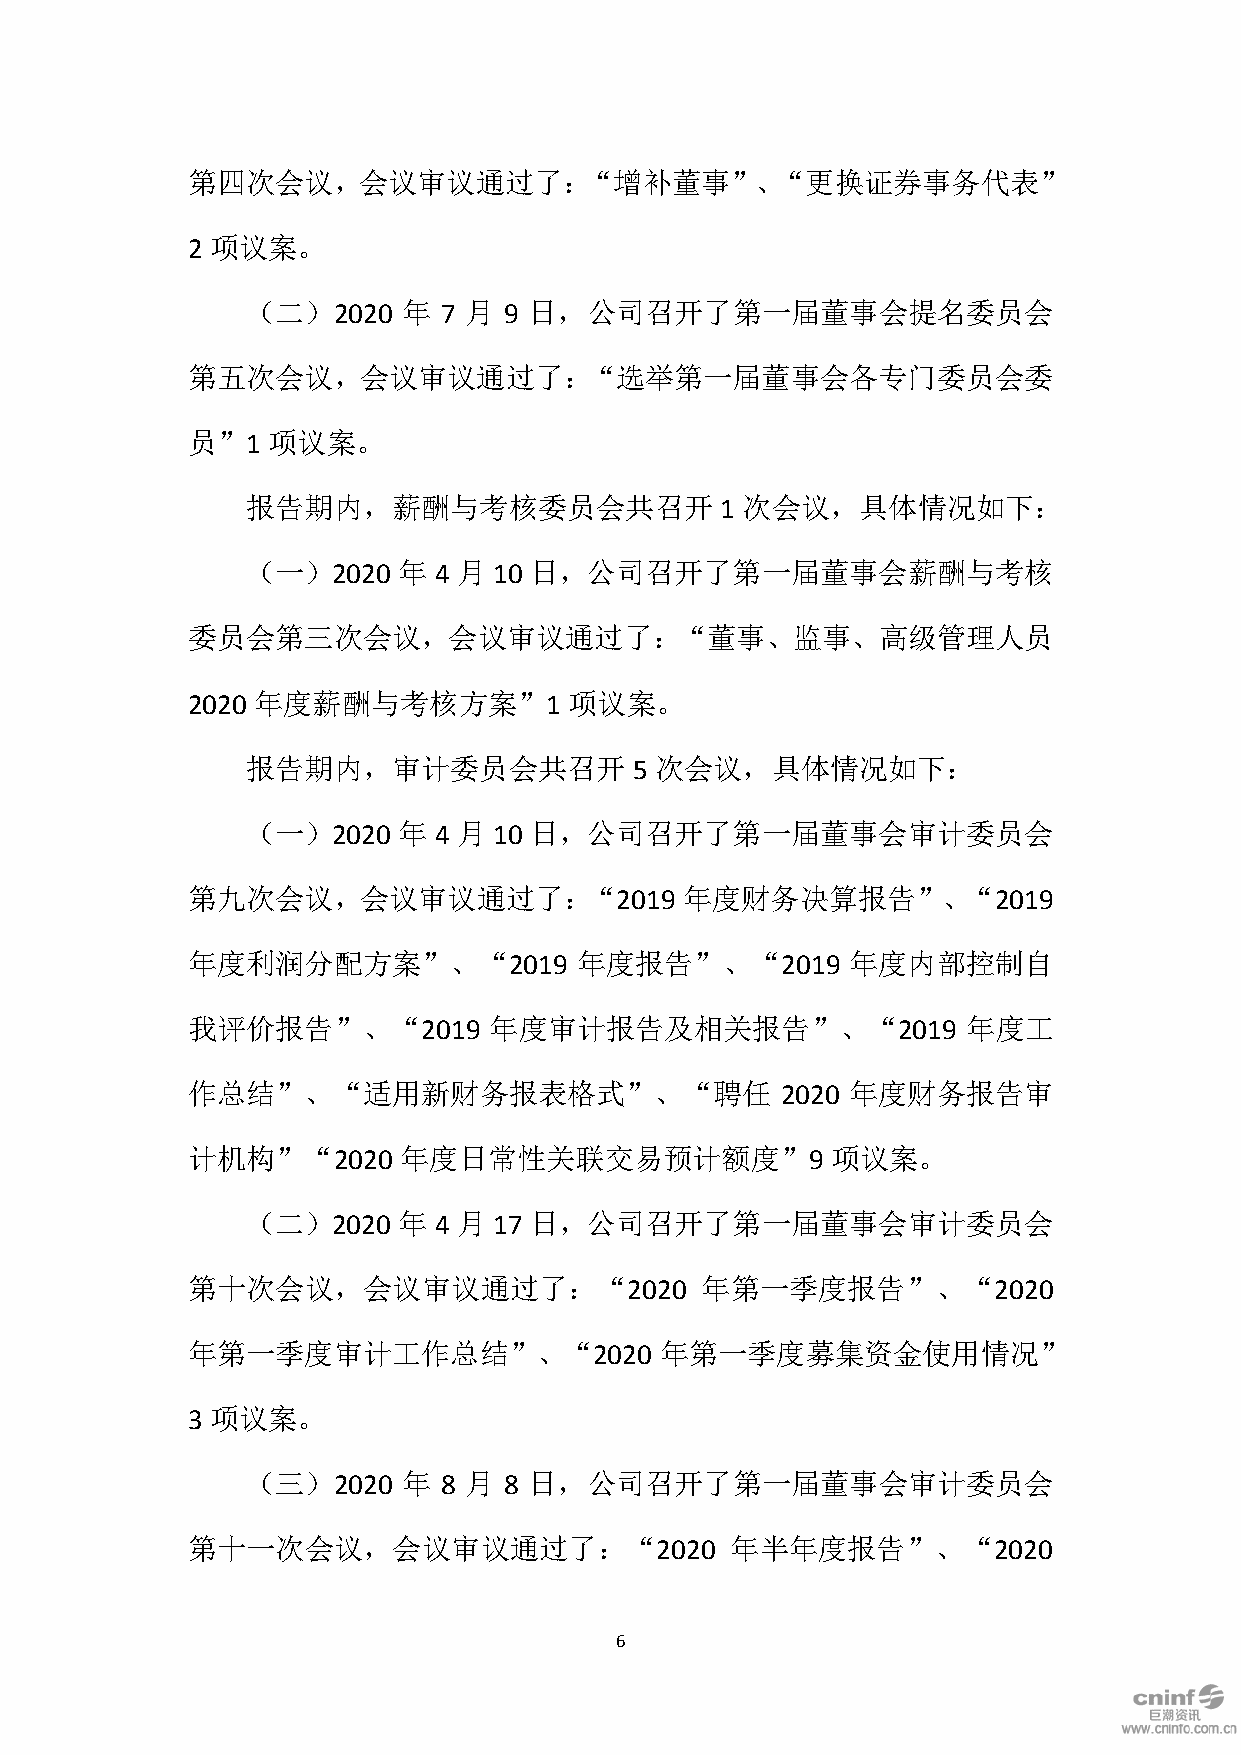
第四次会议，会议审议通过了：“增补董事”、“更换证券事务代表”
 2 项议案。
 （二）2020    年 7 月 9 日，公司召开了第一届董事会提名委员会
 第五次会议，会议审议通过了：“选举第一届董事会各专门委员会委
 员”1   项议案。
 报告期内，薪酬与考核委员会共召开                1 次会议，具体情况如下：
 （一）2020   年  4 月 10 日，公司召开了第一届董事会薪酬与考核
 委员会第三次会议，会议审议通过了：“董事、监事、高级管理人员
 2020 年度薪酬与考核方案”1          项议案。
 报告期内，审计委员会共召开             5 次会议，具体情况如下：
 （一）2020   年  4 月 10 日，公司召开了第一届董事会审计委员会
 第九次会议，会议审议通过了：“2019              年度财务决算报告”、“2019
 年度利润分配方案”、“2019           年度报告”、“2019       年度内部控制自
 我评价报告”、“2019        年度审计报告及相关报告”、“2019              年度工
 作总结”、“适用新财务报表格式”、“聘任                    2020 年度财务报告审
 计机构”“2020     年度日常性关联交易预计额度”9              项议案。
 （二）2020   年  4 月 17 日，公司召开了第一届董事会审计委员会
 第十次会议，会议审议通过了：“2020               年第一季度报告”、“2020
 年第一季度审计工作总结”、“2020              年第一季度募集资金使用情况”
 3 项议案。
 （三）2020    年 8 月 8 日，公司召开了第一届董事会审计委员会
 第十一次会议，会议审议通过了：“2020                年半年度报告”、“2020
 6